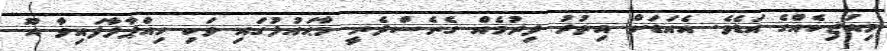
މިއުޒިކެއްގެ އަޑެވެ. އެއަޑަށް އިތުރު ދިރުމެއް ގެނެސްދެނީ މާޙައުލުގައި ވަކި ހިއްޕާލާފައިވާ އޫ